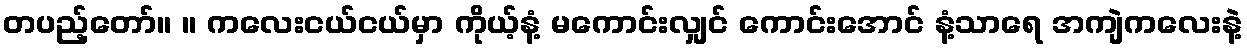
တပည့်တော်။ ။ ကလေးငယ်ငယ်မှာ ကိုယ့်နံ့ မကောင်းလျှင် ကောင်းအောင် နံ့သာရေ အကျဲကလေးနဲ့